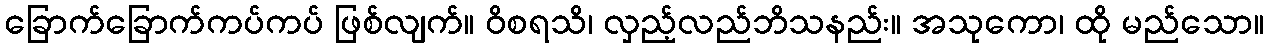
ခြောက်ခြောက်ကပ်ကပ် ဖြစ်လျက်။ ဝိစရသိ၊ လှည့်လည်ဘိသနည်း။ အသုကော၊ ထို မည်သော။